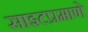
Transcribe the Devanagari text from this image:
साइटप्रमाणे